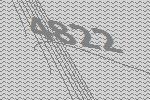
4822